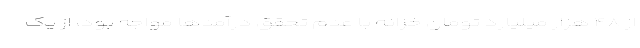
از ۴۸ هزار میلیارد تومان خزانه با عدم تحقق درآمدها مواجه بود، از یک